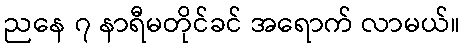
ညနေ ၇ နာရီမတိုင်ခင် အရောက် လာမယ်။